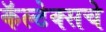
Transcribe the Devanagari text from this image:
कॅल्टेक्सचे